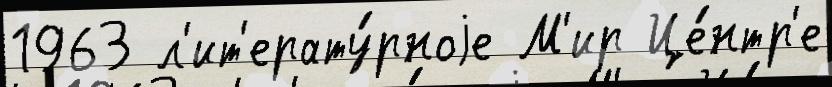
1963 л'ит'ерату́рноjе М'ир Це́нтр'е